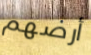
أرضهم